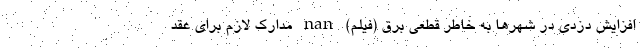
افزایش دزدی در شهرها به خاطر قطعی برق (فیلم) nan مدارک لازم برای عقد